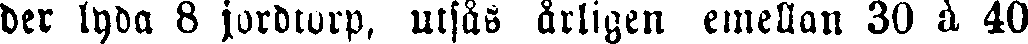
der lyda 8 jordtorp, utsås årligen emellan 30 à 40